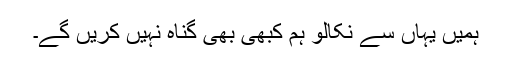
ہمیں یہاں سے نکالو ہم کبھی بھی گناہ نہیں کریں گے۔